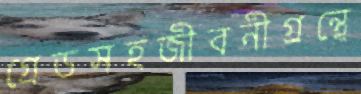
গ্রেডসহজীবনীগ্রন্থে